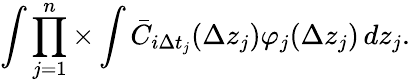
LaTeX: \int\prod_{j=1}^{n}\times\int\bar{C}_{i\Delta t_{j}}(\Delta z_{j})\varphi_{j}(\Delta z_{j})\mathop{}\! {d{z_{j}}}.